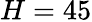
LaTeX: H=45